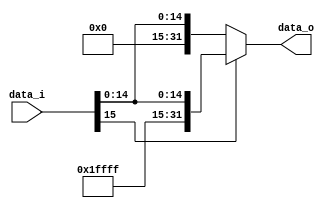
//Subject:     CO project 4 - Sign extend
//--------------------------------------------------------------------------------
//Version:     1
//--------------------------------------------------------------------------------
//Writer:       110550093
//----------------------------------------------
//Date:        
//----------------------------------------------
//Description: 
//--------------------------------------------------------------------------------

module Sign_Extend(
    data_i,
    data_o
);
               
//I/O ports
input   [16-1:0] data_i;
output  [32-1:0] data_o;

//Internal Signals
reg     [32-1:0] data_o;

//Sign extended
always @(*) begin
    if(data_i[15]) data_o <= {16'b1111_1111_1111_1111, data_i};
    else data_o <= {16'b0000_0000_0000_0000, data_i};
end

endmodule